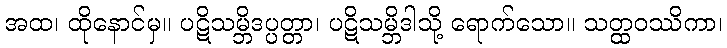
အထ၊ ထိုနောင်မှ။ ပဋိသမ္ဘိဒပ္ပတ္တာ၊ ပဋိသမ္ဘိဒါသို့ ရောက်သော။ သတ္ထဝဿိကာ၊